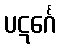
ပဋင်္ဂေ